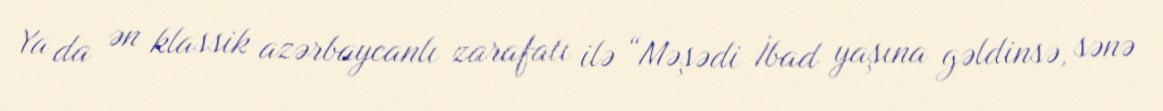
Ya da ən klassik azərbaycanlı zarafatı ilə “Məşədi İbad yaşına gəldinsə, sənə